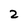
Character: 2